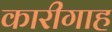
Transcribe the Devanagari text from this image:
कारीगाह